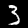
Label: 3